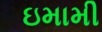
ઇમામી